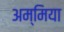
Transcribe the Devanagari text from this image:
अम्मिया